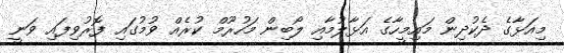
މިއަޅާގެ ދެކުދިން މައިމީހާގެ އަޅާލުމާއި ލޯބިން މަހުރޫމް ކުރެއް ވުމުގައި ފޮރުވިފައި ވަނީ